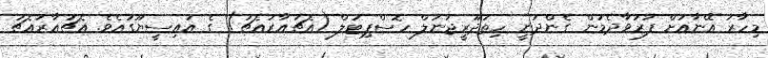
މިހާރު އޭނާއަށް ފަރުވާދެމުން ގެންދަނީ ހިތަދޫރީޖަނަލް ހޮސްޕިޓަލް (އެޗުއާރުއެޗު) ގެ އައިސީޔޫގައެވެ. އެޗުއާރުއެޗު